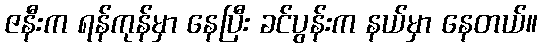
ဇနီးက ရန်ကုန်မှာ နေပြီး ခင်ပွန်းက နယ်မှာ နေတယ်။